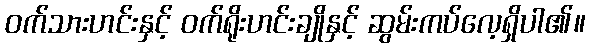
ဝက်သားဟင်းနှင့် ဝက်ရိုးဟင်းချိုနှင့် ဆွမ်းကပ်လေ့ရှိပါ၏။